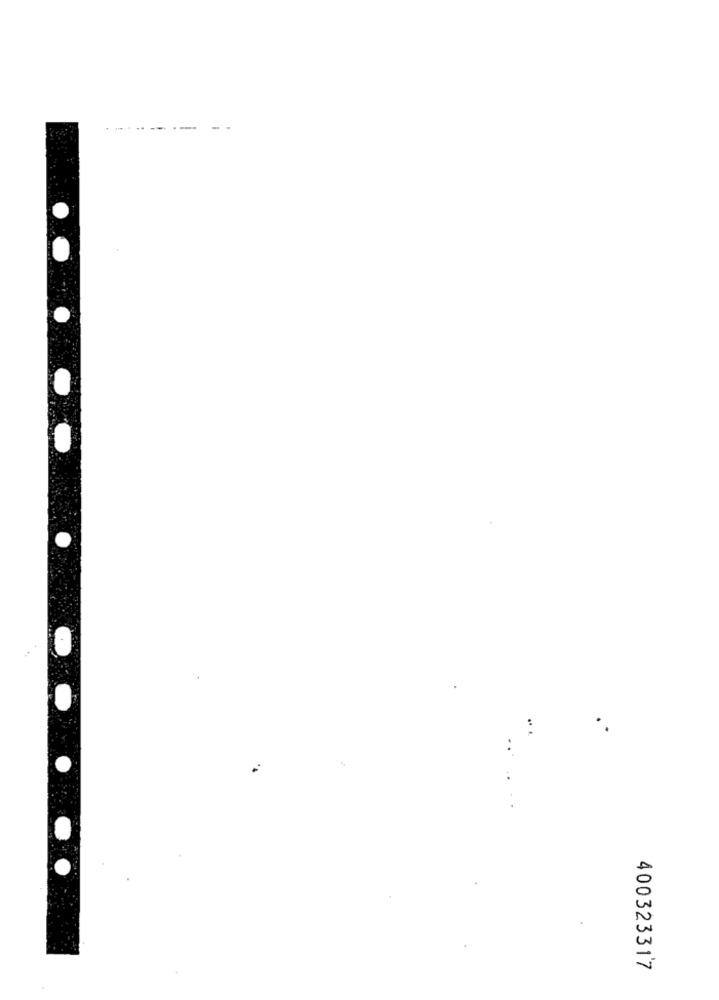
400323317